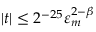
| t | \leq 2 ^ { - 2 5 } \varepsilon _ { m } ^ { 2 - \beta }